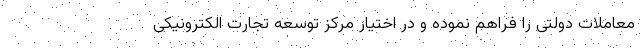
معاملات دولتی را فراهم نموده و در اختیار مرکز توسعه تجارت الکترونیکی